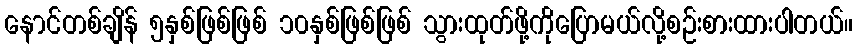
နောင်တစ်ချိန် ၅နှစ်ဖြစ်ဖြစ် ၁၀နှစ်ဖြစ်ဖြစ် သွားထုတ်ဖို့ကိုပြောမယ်လို့စဉ်းစားထားပါတယ်။